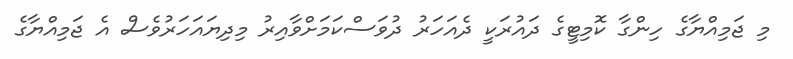
މި ޖަމިއްޔާގެ ހިންގާ ކޮމިޓީގެ ދައުރަކީ ދެއަހަރު ދުވަސްކަމަށްވާއިރު މިދިޔައަހަރުވެސް އެ ޖަމިއްޔާގެ